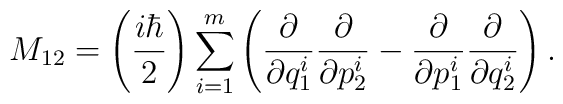
M_{12}=\left( \frac{i\hbar}{2} \right)\sum_{i=1}^m \left(\frac{\partial}{\partial q_1^i}\frac{\partial}{\partial p_2^i}-\frac{\partial}{\partial p_1^i}\frac{\partial}{\partial q_2^i}\right).